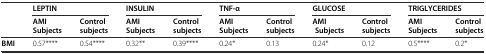
<table><thead><tr><td rowspan="2"></td><td colspan="2"><b>LEPTIN</b></td><td colspan="2"><b>INSULIN</b></td><td colspan="2"><b>TNF-α</b></td><td colspan="2"><b>GLUCOSE</b></td><td colspan="2"><b>TRIGLYCERIDES</b></td></tr><tr><td><b>AMI Subjects</b></td><td><b>Control subjects</b></td><td><b>AMI Subjects</b></td><td><b>Control subjects</b></td><td><b>AMI Subjects</b></td><td><b>Control subjects</b></td><td><b>AMI Subjects</b></td><td><b>Control subjects</b></td><td><b>AMI Subjects</b></td><td><b>Control subjects</b></td></tr></thead><tbody><tr><td><b>BMI</b></td><td>0.57****</td><td>0.54****</td><td>0.32**</td><td>0.39****</td><td>0.24*</td><td>0.13</td><td>0.24*</td><td>0.12</td><td>0.5****</td><td>0.2*</td></tr></tbody></table>